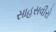
સાહસવીરો